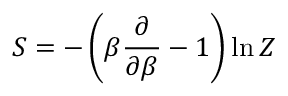
S = - \left( \beta \frac { \partial } { \partial \beta } - 1 \right) \ln Z